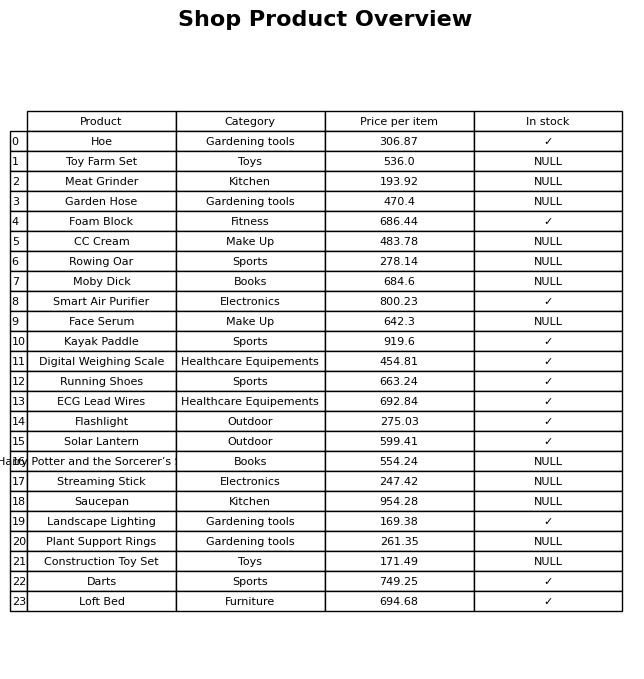
question: What category does the Kayak Paddle belong to?
answer: Sports